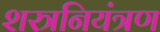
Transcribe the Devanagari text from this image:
शस्त्रनियंत्रण